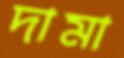
দামা